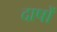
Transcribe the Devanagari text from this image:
दाषों